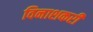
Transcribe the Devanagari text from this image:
विनाशकरी